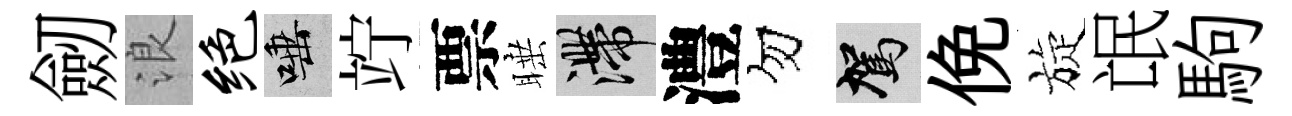
劒浪绝唾竚票睡滯澧勿駕俛旋氓駒